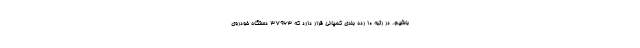
باشیم. در رتبه 10 رده بندی کمپانی قرار دارد که 37963 دستگاه خودروی